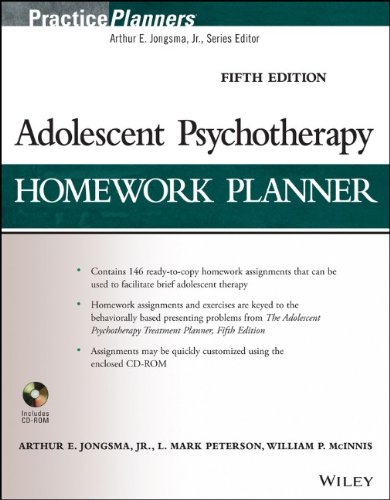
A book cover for Adolescent Psychotherapy Homework Planner (PracticePlanners); Arthur E. Jongsma Jr.; Medical Books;